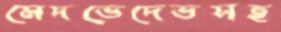
মেদভেদেভসহ